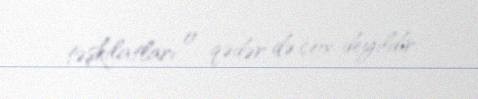
təşkilatları o qədər də çox deyildir.